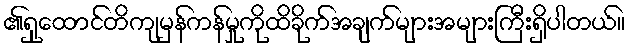
၏ရှုထောင်တိကျမှန်ကန်မှုကိုထိခိုက်အချက်များအများကြီးရှိပါတယ်။